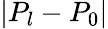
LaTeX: |P_{l}-P_{0}|